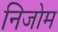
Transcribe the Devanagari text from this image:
निजोम